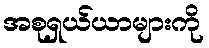
အစုရှယ်ယာများကို